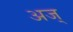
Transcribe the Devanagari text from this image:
अज्